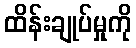
ထိန်းချုပ်မှုကို